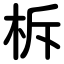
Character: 柝